Treatise on elephants
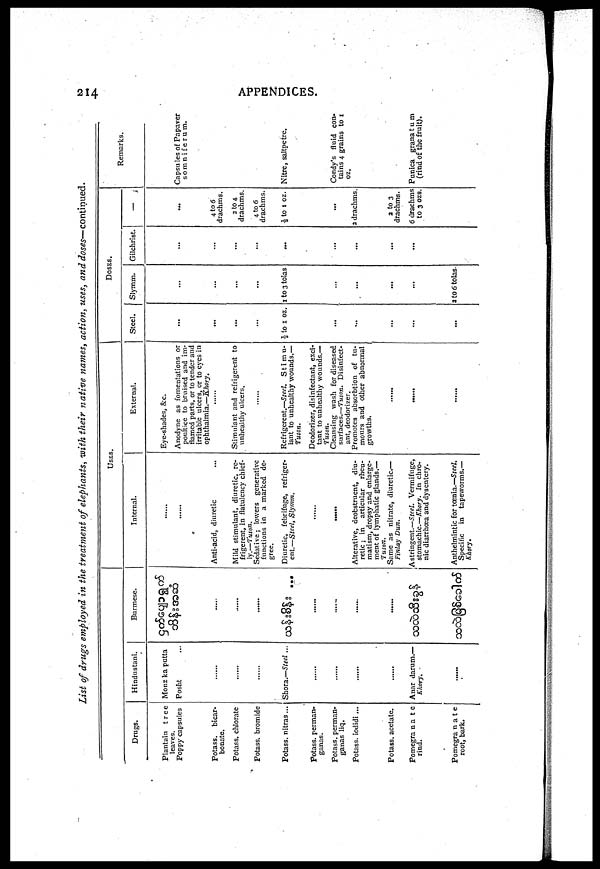
214
APPENDICES.
List of drugs employed in the treatment of elephants, with their native names, action, uses, and doses—continued.
Drugs.
Plantain
tree
leaves.
Poppy capsules
Potass,
bicar-
bonate.
Potass. chlorate
Potass. bromide
Potass. nitras...
Potass. perman-
ganas.
Potass. pcrman-
ganas liq.
Potass. iodidi ...
Potass. acetate.
Pomegra n a t e
rind.
Pomegra n a t e
root, bark.
Hindustani.
Monz ka putta
Posht ...
......
......
......
Shora.—Steel ...
......
......
......
......
Anar darum.—
Khory.
......
Burmese.
......
......
......
...
......
......
......
......
USES.
Internal.
......
......
Anti-acid, diuretic
Mild stimulant, diuretic, re-
frigerent, in flatulency chief-
ly.—fuson.
Sedative; lowers generative
functions in a marked de-
gree.
Diuretic, febrifuge, refriger-
ent.—Steel, Slymm.
......
......
Alterative, deobstruent, diu-
retic ; in articular
rheu-
matism, dropsy and enlarge-
ment of lymphatic glands.—
Tuson.
Same as nitrate, diuretic.—
Finlay Dun.
Astringent.—Steel. Vermifuge,
stomachic.—Khory. In chro-
nic diarrhoea and dysentery.
Anthelmintic for toenia.—Steel.
Specific
in tapeworms.—
Khory.
External.
Eye-shades, &c.
Anodyne as fomentations or
poultice to bruised and im-
flamed parts, or to tender and
irritable ulcers, or to eyes in
ophthalmia.—Khory.
......
Stimulant and refrigerent to
unhealthy ulcers.
......
Refrigerent.—Steel.
Stimu-
lant to unhealthy wounds.—
Tuson.
Deodorizer, disinfectant, exci-
tant to unhealthy wounds.—
Tuson.
Cleansing wash for diseased
surfaces.—Tuson. Disinfect-
ant, deodorizer.
Promotes absorbtion of tu-
mours and other abnormal
growths.
......
......
......
DOSES.
Steel.
...
...
...
...
½ to 1 oz.
...
...
...
...
...
Slymm.
...
...
...
...
1 to 3 tolas
...
...
...
...
2 to 6 tolas
Gilchrist.
...
...
...
...
...
...
...
...
...
...
4 to 6
drachms.
2 to 4.
drachms.
4 to 6
drachms.
½ to 1 oz.
...
2 drachms.
2 to 3
drachms.
6 drachms
to 3 ozs.
Remarks.
Capsules of Papaver
somniferum.
Nitre, saltpetre.
Condy's fluid con-
tains 4 grains to 1
oz.
Punica grana tum
(rind of the fruit).